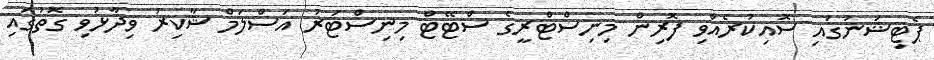
ޕެޓިޝަނުގައި ސޮއިކުރެއްވި ފޮރިން މިނިސްޓްރީގެ ސްޓޭޓް މިނިސްޓަރު އަސްލަމް ޝާކިރު ވިދާޅުވި ގޮތުގައި